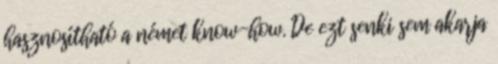
hasznosítható a német know-how. De ezt senki sem akarja